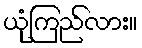
ယုံကြည်လား။